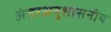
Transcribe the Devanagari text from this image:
अंतरअनुशासनीय